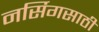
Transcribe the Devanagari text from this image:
नर्सिगसाठी